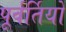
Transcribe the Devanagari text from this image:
पूर्वर्तियों